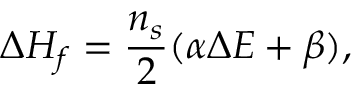
\Delta H _ { f } = \frac { n _ { s } } { 2 } ( \alpha \Delta E + \beta ) ,